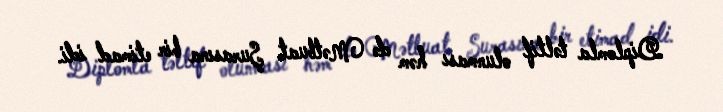
Diplomla təltif olunması həm də Mətbuat Şurasına bir etimad idi.